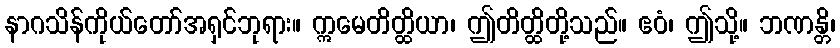
နာဂသိန်ကိုယ်တော်အရှင်ဘုရား။ ဣမေတိတ္ထိယာ၊ ဤတိတ္ထိတို့သည်။ ဧဝံ၊ ဤသို့။ ဘဏန္တိ၊